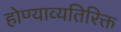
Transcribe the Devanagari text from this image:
होण्याव्यतिरिक्त